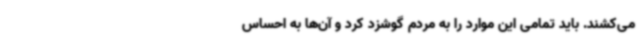
می‌کشند. باید تمامی این موارد را به مردم گوشزد کرد و آن‌ها به احساس